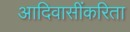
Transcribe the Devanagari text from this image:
आदिवासींकरिता